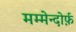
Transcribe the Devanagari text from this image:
मम्मेन्दोर्फ़